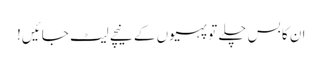
ان کا بس چلے تو پہیوں کے نیچے لیٹ جائیں!